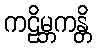
ကဠိမ္ဘကန္တိ